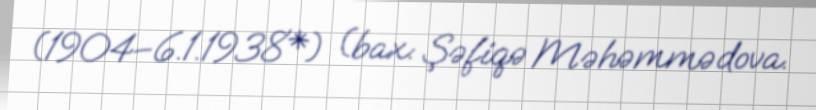
(1904–6.1.1938*) (bax: Şəfiqə Məhəmmədova.